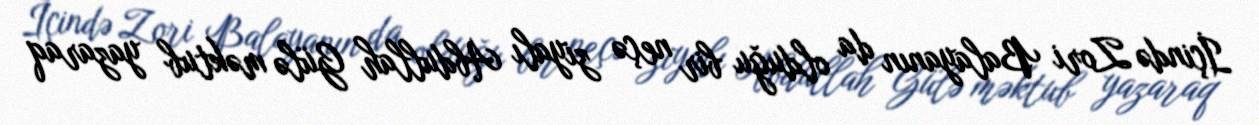
İçində Zori Balayanın da olduğu bir neçə ziyalı Abdullah Gülə məktub yazaraq